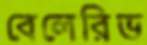
বেলেরিভ